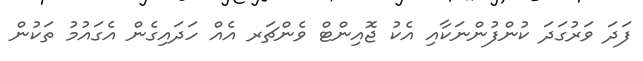
ފަދަ ވަރުގަދަ ކުންފުންނަކާއި އެކު ޖޮއިންޓް ވެންޗަރ އެއް ހަދައިގެން އެގައުމު ތަކުން